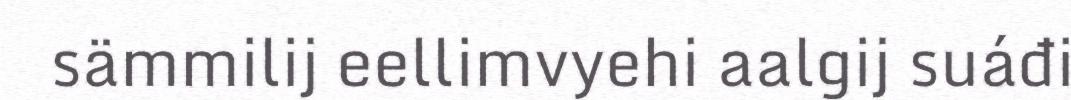
sämmilij eellimvyehi aalgij suáđi